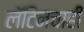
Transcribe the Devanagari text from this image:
लॅटिनचाही